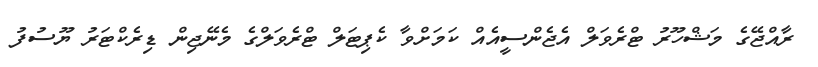
ރާއްޖޭގެ މަޝްހޫރު ޓްރެވަލް އެޖެންސީއެއް ކަމަށްވާ ކެޕިޓަލް ޓްރެވަލްގެ މެނޭޖިން ޑިރެކްޓަރު ޔޫސުފު